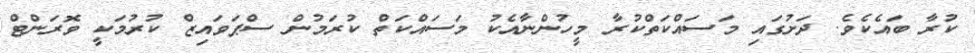
ކުރާ ބައެކެވެ. ދަށުގައި މަސައްކަތްކުރާ މީހުންނާއެކު މަސައްކަތް ކުރަމުން ސްޕަވައިޒް ކުރުމަކީ ވޮރަންޓް